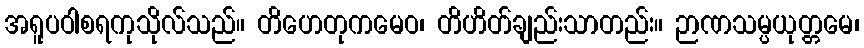
အရူပဝါစရကုသိုလ်သည်။ တိဟေတုကမေဝ၊ တိဟိတ်ချည်းသာတည်း။ ဉာဏသမ္ပယုတ္တမေ၊